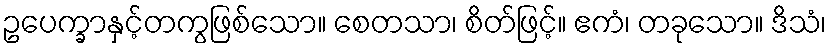
ဥပေက္ခာနှင့်တကွဖြစ်သော။ စေတသာ၊ စိတ်ဖြင့်။ ဧကံ၊ တခုသော။ ဒိသံ၊